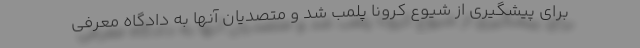
برای پیشگیری از شیوع کرونا پلمب شد و متصدیان آنها به دادگاه معرفی